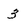
Character: 3